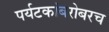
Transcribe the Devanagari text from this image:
पर्यटकांबरोबरच